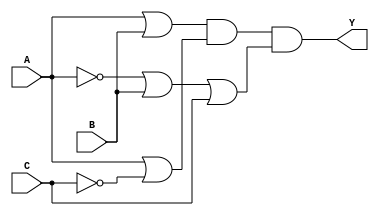
module pos_simplification (
    input wire A,      // Input A
    input wire B,      // Input B
    input wire C,      // Input C
    output wire Y      // Output Y
);

// Intermediate signals for the sum terms
wire sum1, sum2, sum3;

// Define the sum terms
assign sum1 = A | B;          // A + B
assign sum2 = A | ~C;         // A + C'
assign sum3 = ~A | B | C;     // A' + B + C

// Final output Y is the AND of the sum terms
assign Y = sum1 & sum2 & sum3; // (A + B)(A + C')(A' + B + C)

endmodule